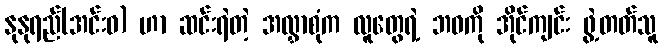
နုနုရည်(အင်းဝ) ဟာ ဆင်းရဲတဲ့ အလွှာစုံက လူတွေရဲ့ ဘဝကို အိုင်ကျင်း ဖွဲ့တတ်သူ